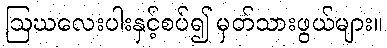
ဩဃလေးပါးနှင့်စပ်၍ မှတ်သားဖွယ်များ။